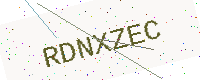
Text: RDNXZEC